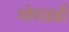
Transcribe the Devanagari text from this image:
मोरछड़ी